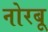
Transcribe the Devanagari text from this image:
नोरबू